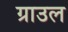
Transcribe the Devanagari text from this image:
ग्राउल